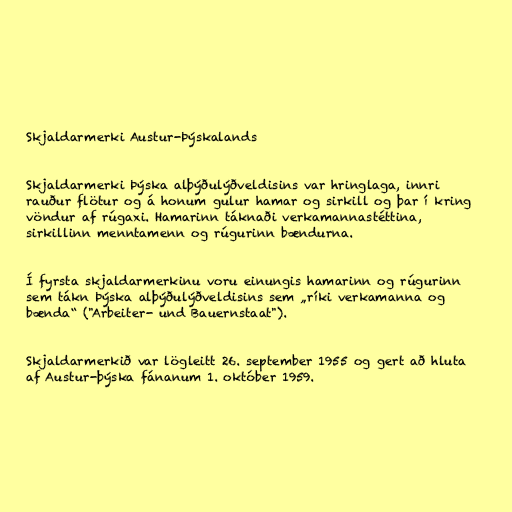
Skjaldarmerki Austur-Þýskalands

Skjaldarmerki Þýska alþýðulýðveldisins var hringlaga, innri
rauður flötur og á honum gulur hamar og sirkill og þar í kring
vöndur af rúgaxi. Hamarinn táknaði verkamannastéttina,
sirkillinn menntamenn og rúgurinn bændurna.

Í fyrsta skjaldarmerkinu voru einungis hamarinn og rúgurinn
sem tákn Þýska alþýðulýðveldisins sem „ríki verkamanna og
bænda“ ("Arbeiter- und Bauernstaat").

Skjaldarmerkið var lögleitt 26. september 1955 og gert að hluta
af Austur-þýska fánanum 1. október 1959.